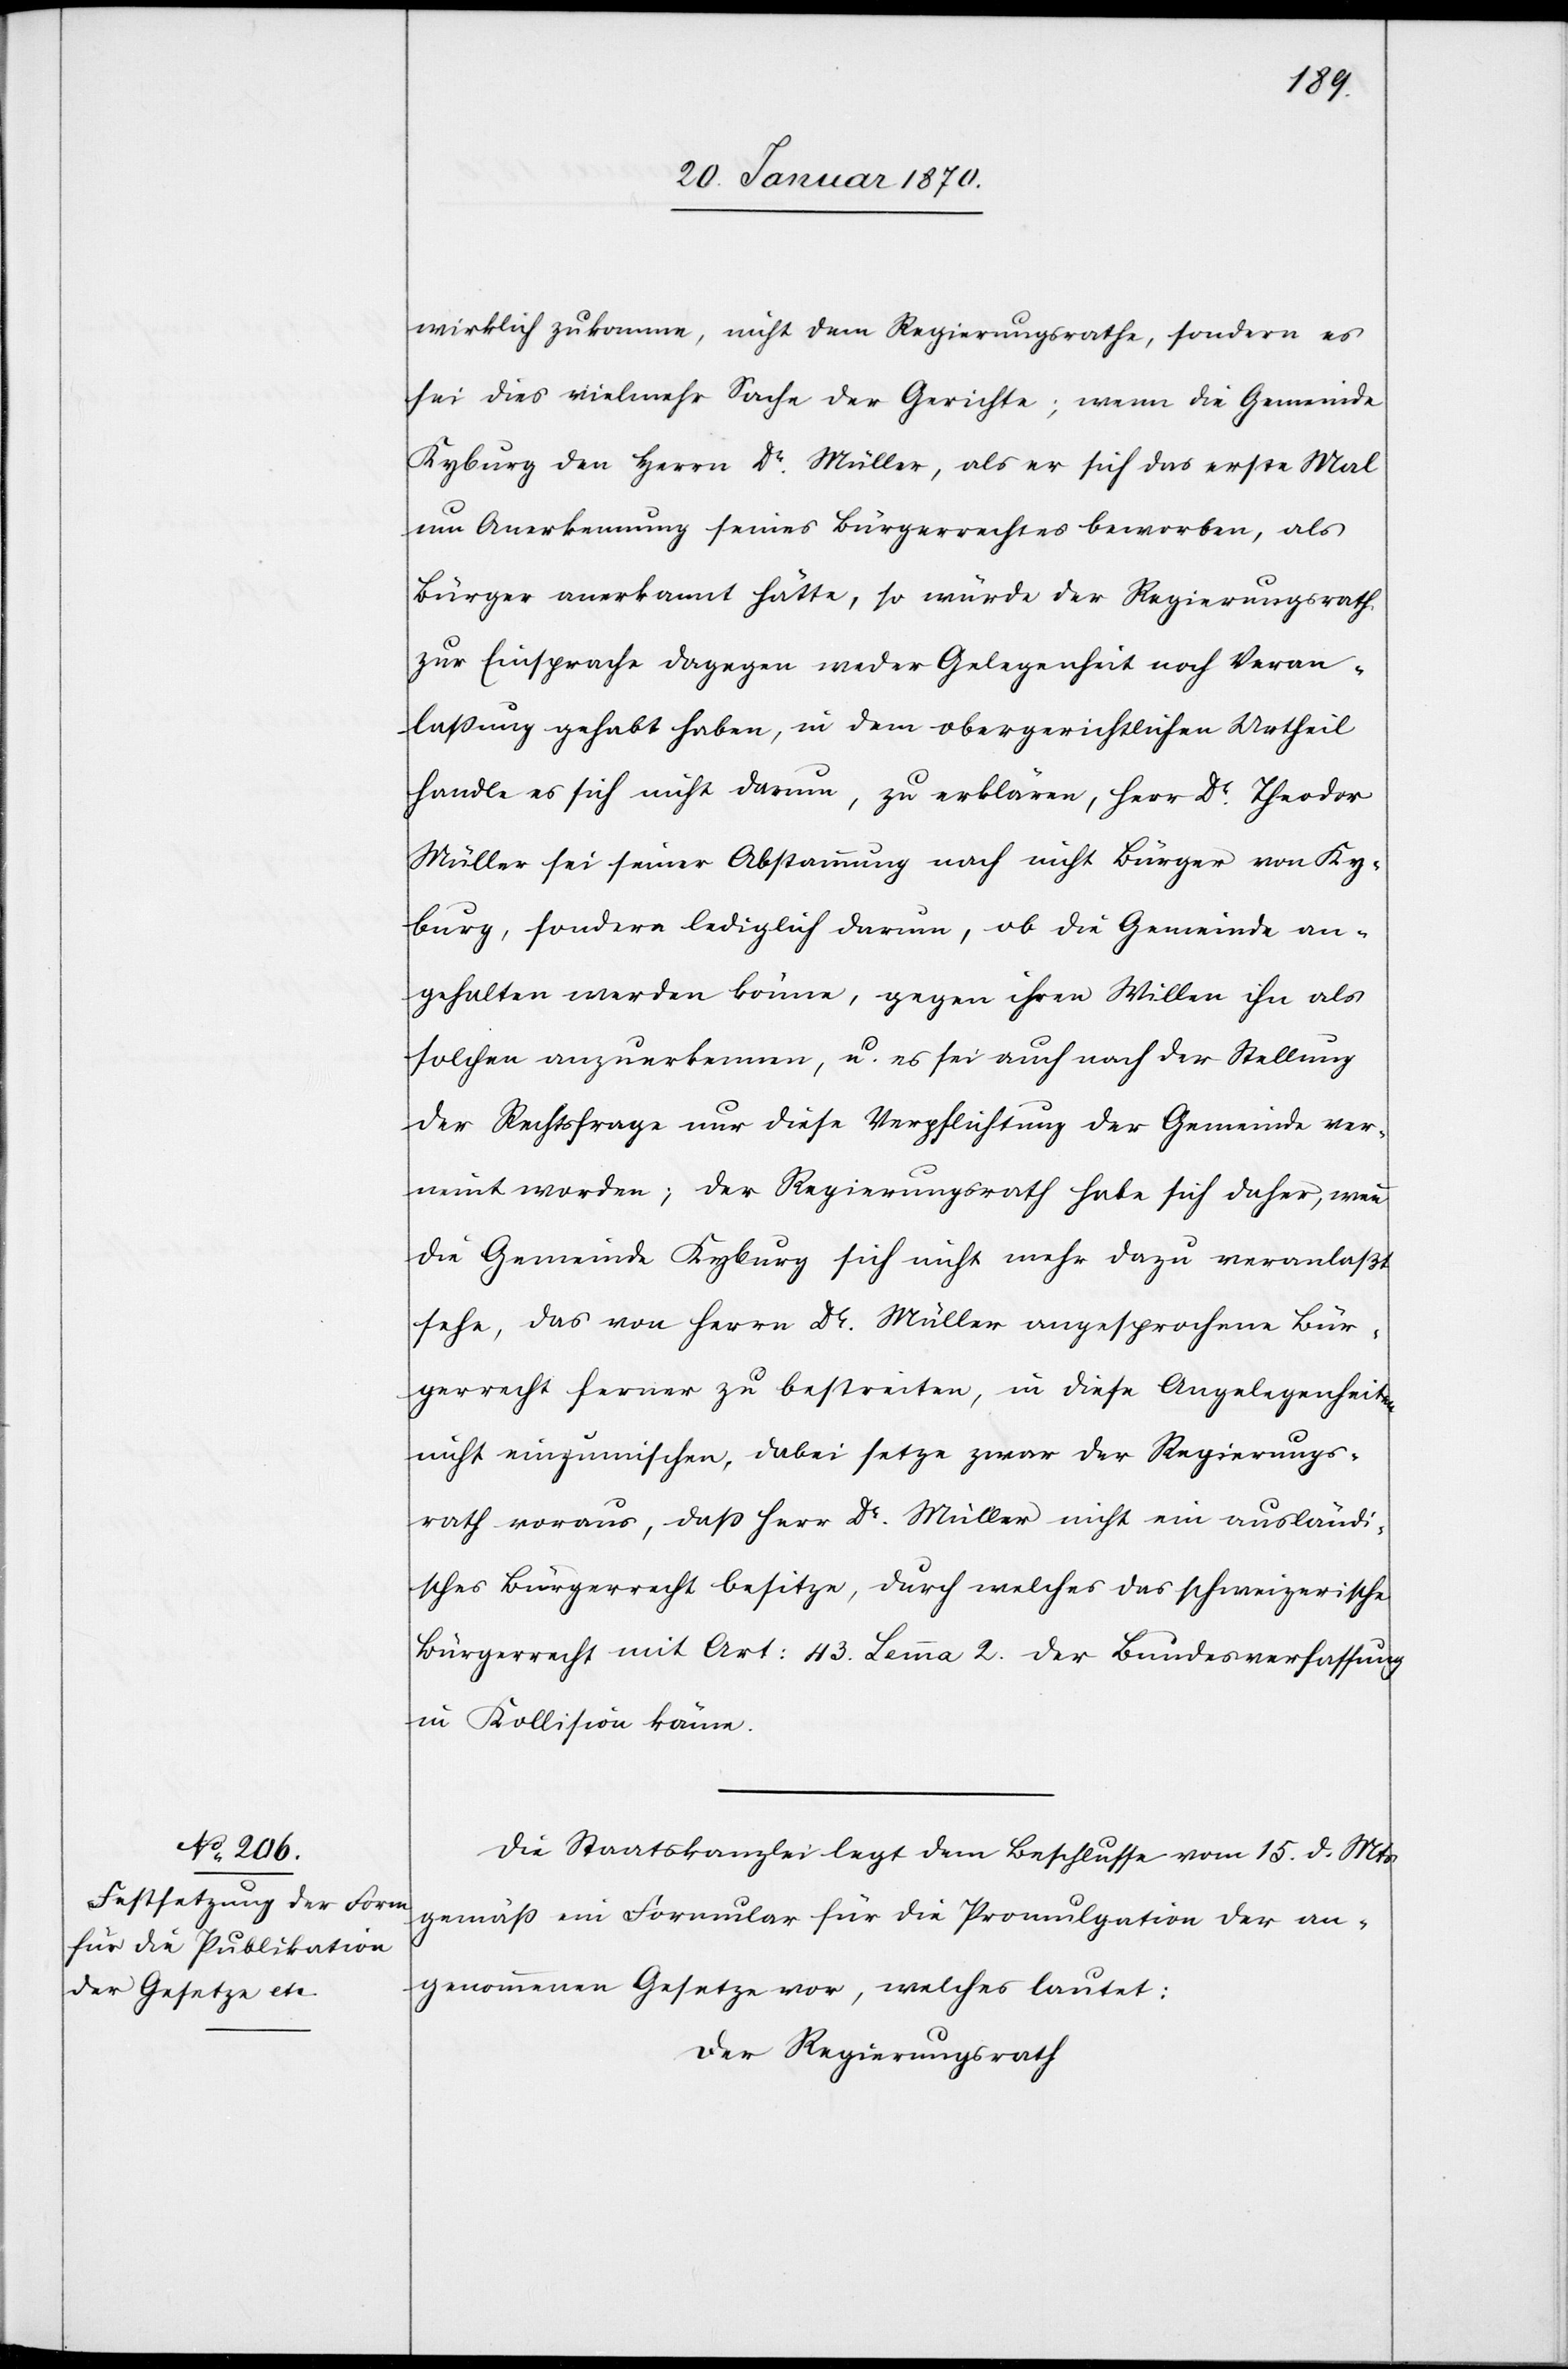
wirklich zukomme, nicht dem Regierungsrathe, sondern es
sei dies vielmehr Sache der Gerichte; wenn die Gemeinde
Kyburg den Herrn Dr. Müller, als er sich das erste Mal
um Anerkennung seines Bürgerrechtes beworben, als
Bürger anerkannt hätte, so würde der Regierungsrath
zur Einsprache dagegen weder Gelegenheit noch Veran¬
laßung gehabt haben, in dem obergerichtlichen Urtheil
handle es sich nicht darum, zu erklären, Herr Dr. Theodor
Müller sei seiner Abstammung nach nicht Bürger von Ky¬
burg, sondern lediglich darum, ob die Gemeinde an¬
gehalten werden könne, gegen ihren Willen ihn als
solchen anzuerkennen, u. es sei auch nach der Stellung
der Rechtsfrage nur diese Verpflichtung der Gemeinde ver¬
neint worden; der Regierungsrath habe sich daher, wenn
die Gemeinde Kyburg sich nicht mehr dazu veranlaßt
sehe, das von Herrn Dr. Müller angesprochene Bür¬
gerrecht ferner zu bestreiten, in diese Angelegenheiten
nicht einzumischen, dabei setze zwar der Regierungs¬
rath voraus, daß Herr Dr. Müller nicht ein ausländi¬
sches Bürgerrecht besitze, durch welches das schweizerische
Bürgerrecht mit Art: 43 Lemma 2. der Bundesverfassung
in Kollision käme.
Die Staatkanzlei legt dem Beschlusse vom 15. d. Mts.
gemäß ein im Formular für die Promulgation der an¬
genommenen Gesetze vor, welches lautet:
Der Regierungsrath